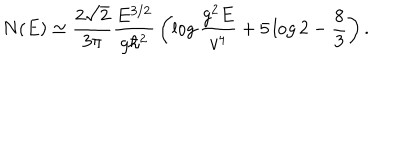
N ( E ) \simeq { \frac { 2 \sqrt { 2 } } { 3 \pi } } { \frac { E ^ { 3 / 2 } } { g \hbar ^ { 2 } } } \left( \log { \frac { g ^ { 2 } E } { v ^ { 4 } } } + 5 \log 2 - { \frac { 8 } { 3 } } \right) .